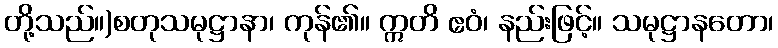
တို့သည်။)စတုသမုဋ္ဌာနာ၊ ကုန်၏။ ဣတိ ဧဝံ၊ နည်းဖြင့်။ သမုဋ္ဌာနတော၊